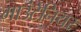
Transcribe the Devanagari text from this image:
माउंटेनियर